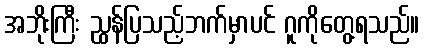
အဘိုးကြီး ညွှန်ပြသည့်ဘက်မှာပင် ဂူကိုတွေ့ရသည်။